Plague in India, 1896, 1897 - Volume 3
Year: 1896
Disease focus: Plague
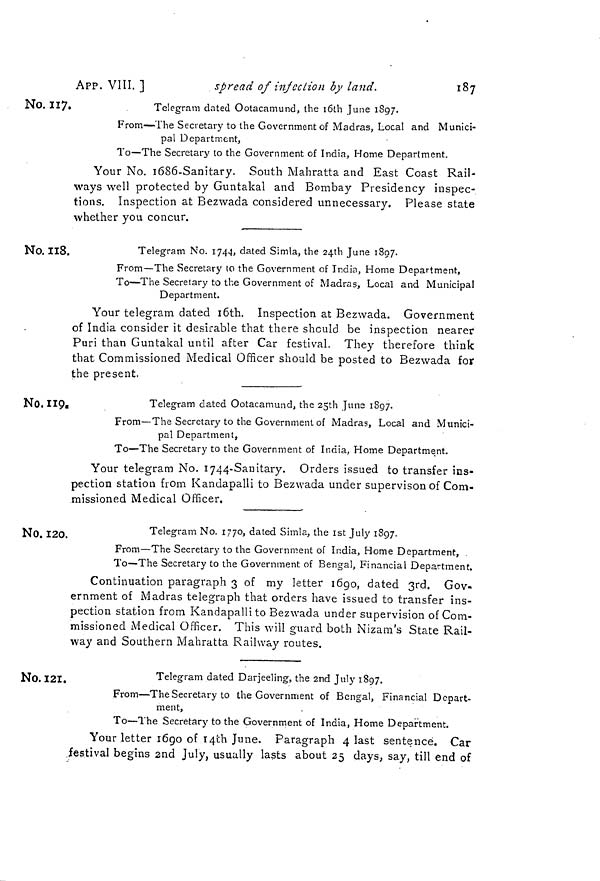
APP. VIII. ]
spread of injection by land.
187
No. 117.
Telegram dated Ootacamund, the l0th June 1897.
From—The Secretary to the Government of Madras, Local and Munici-
pal Department,
To—The Secretary to the Government of India, Home Department.
Your No. 1686-Sanitary. South Maliratta and East Coast Rail-
ways well protected by Guntakal and Bombay Presidency inspec-
tions. Inspection at Bezwada considered unnecessary. Please state
whether you concur.
No. 118.
Telegram No. 1744, dated Simla, the 24th June 1807.
From—The Secretary to the Government of India, Home Department,
To—The Secretary to the Government of Madras, Local and Municipal
Department.
Your telegram dated 16th. Inspection at Bezwada. Government
of India consider it desirable that there should be inspection nearer
Puri than Guntakal until after Car festival. They therefore think
that Commissioned Medical Officer should be posted to Bezwada for
the present.
Telegram dated Ootacamund, the 25th June 1897.
From—The Secretary to the Government of Madras, Local and Munici-
pal Department,
To—The Secretary to the Government of India, Home Department.
Your telegram No. 1744-Sanitary. Orders issued to transfer ins-
pection station from Kandapalli to Bezwada under supervison of Corn-
missioned Medical Officer.
NO. 120.
Telegram No. 1770, dated Simla, the 1st July 1897.
From—The Secretary to the Government of India, Home Department,
To—The Secretary to the Government of Bengal, Financial Department.
Continuation paragraph 3 of my letter 1690, dated 3rd. Gov-
ernment of Madras telegraph that orders have issued to transfer ins-
pection station from Kandapalli to Bezwada under supervision of Com-
missioned Medical Officer. This will guard both Nizam's State Rail-
way and Southern Mahratta Railway routes.
NO. 121.
Telegram dated Darjeeling, the 2nd July 1897.
From—The Secretary to the Government of Bengal, Financial Depart-
ment,
To—The Secretary to the Government of India, Home Department.
Your letter 1690 of 14th June. Paragraph 4 last sentence. Car
festival begins 2nd July, usually lasts about 25 days, say, till end of